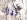
نيزك